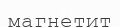
магнетит